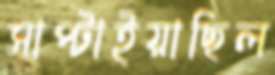
সাপ্‌টাইয়াছিল